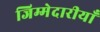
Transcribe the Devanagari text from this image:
जिम्मेदारीयाँ